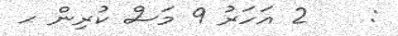
:    2 އަހަރު 9 މަސް ކުރިން ޙ